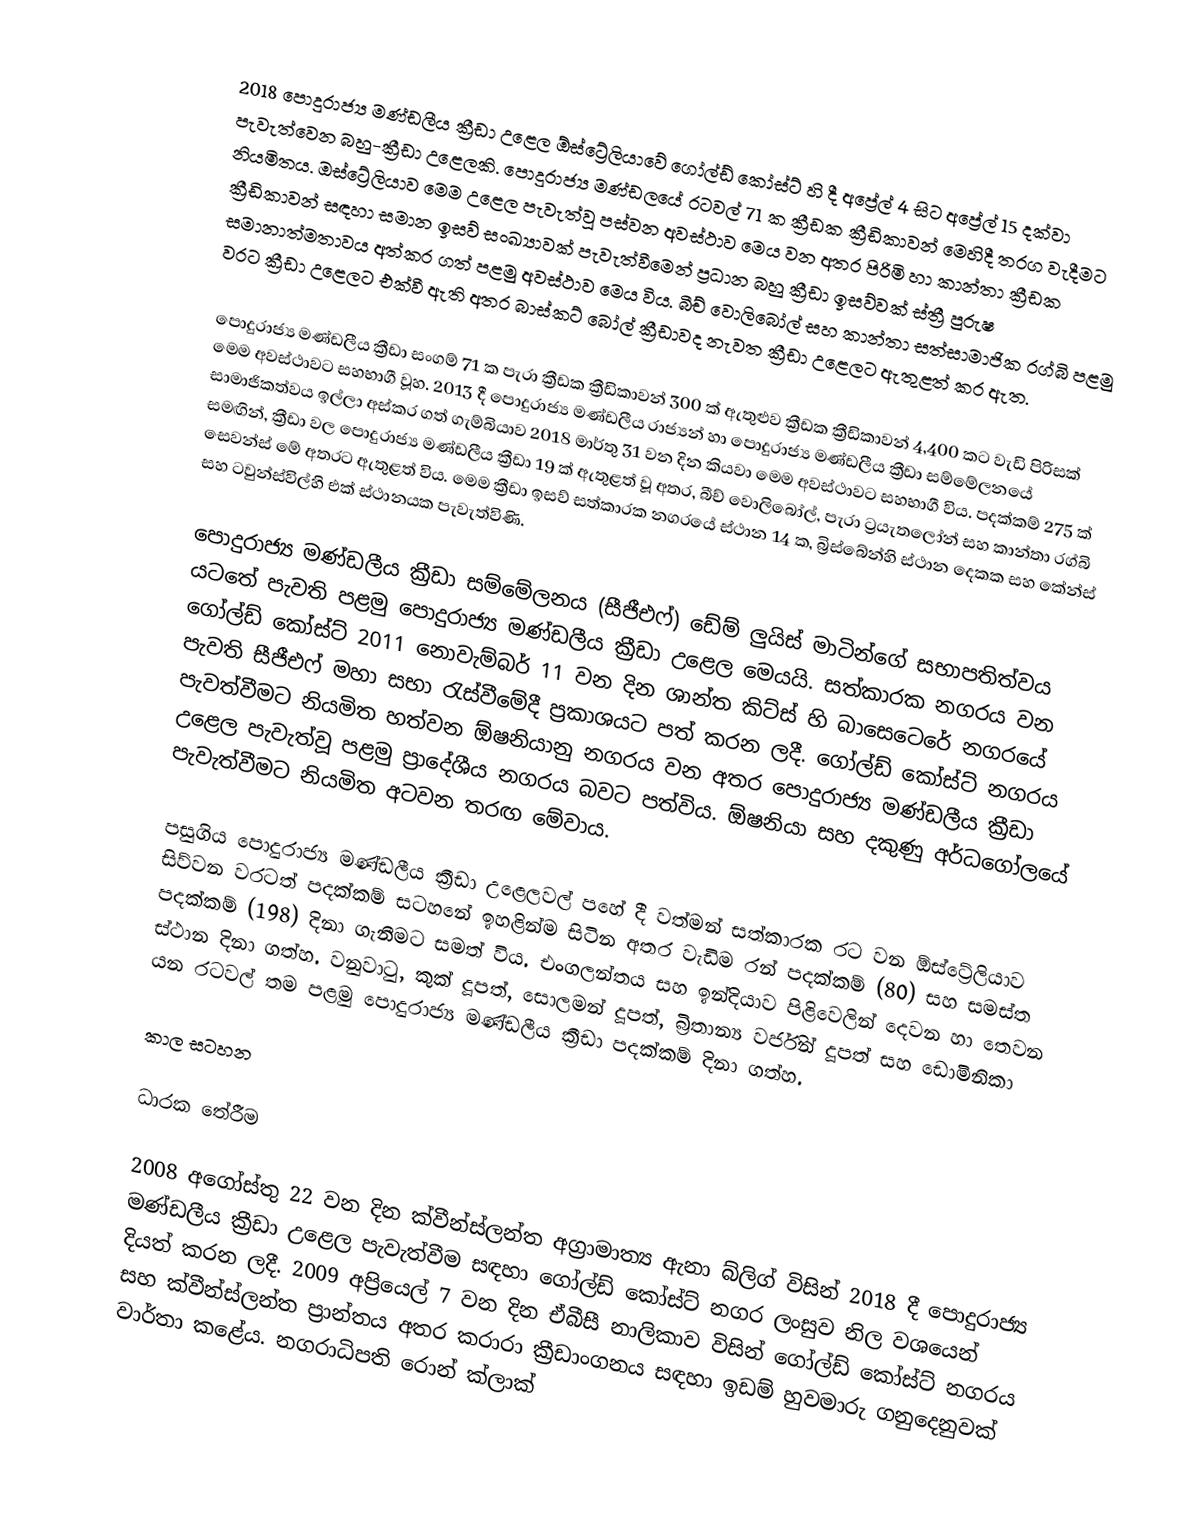
2018 පොදුරාජ්‍ය මණ්ඩලීය ක්‍රීඩා උළෙල ඕස්ට්‍රේලියාවේ ගෝල්ඩ් කෝස්ට් හි දී අප්‍රේල් 4 සිට අප්‍රේල් 15 දක්වා පැවැත්වෙන බහු-ක්‍රීඩා උළෙලකි. පොදුරාජ්‍ය මණ්ඩලයේ රටවල් 71 ක ක්‍රීඩක ක්‍රීඩිකාවන් මෙහිදී තරග වැදීමට නියමිතය. ඔස්ට්‍රේලියාව මෙම උළෙල පැවැත්වූ පස්වන අවස්ථාව මෙය වන අතර පිරිමි හා කාන්තා ක්‍රීඩක ක්‍රීඩිකාවන් සඳහා සමාන ඉසව් සංඛ්‍යාවක් පැවැත්වීමෙන් ප්‍රධාන බහු ක්‍රීඩා ඉසව්වක් ස්ත්‍රී පුරුෂ සමානාත්මතාවය අත්කර ගත් පළමු අවස්ථාව මෙය විය. බීච් වොලිබෝල් සහ කාන්තා සත්සාමාජික රග්බි පළමු වරට ක්‍රීඩා උළෙලට එක්වී ඇති අතර බාස්කට් බෝල් ක්‍රීඩාවද නැවත ක්‍රීඩා උළෙලට ඇතුළත් කර ඇත.

පොදුරාජ්‍ය මණ්ඩලීය ක්‍රීඩා සංගම් 71 ක පැරා ක්‍රීඩක ක්‍රීඩිකාවන් 300 ක් ඇතුළුව ක්‍රීඩක ක්‍රීඩිකාවන් 4,400 කට වැඩි පිරිසක් මෙම අවස්ථාවට සහභාගී වූහ. 2013 දී පොදුරාජ්‍ය මණ්ඩලීය රාජ්‍යන් හා පොදුරාජ්‍ය මණ්ඩලීය ක්‍රීඩා සම්මේලනයේ සාමාජිකත්වය ඉල්ලා අස්කර ගත් ගැම්බියාව 2018 මාර්තු 31 වන දින කියවා මෙම අවස්ථාවට සහභාගී විය. පදක්කම් 275 ක් සමඟින්, ක්‍රීඩා වල පොදුරාජ්‍ය මණ්ඩලීය ක්‍රීඩා 19 ක් ඇතුළත් වූ අතර, බීච් වොලිබෝල්, පැරා ට්‍රයැතලෝන් සහ කාන්තා රග්බි සෙවන්ස් මේ අතරට ඇතුළත් විය. මෙම ක්‍රීඩා ඉසව් සත්කාරක නගරයේ ස්ථාන 14 ක, බ්‍රිස්බේන්හි ස්ථාන දෙකක සහ කේන්ස් සහ ටවුන්ස්විල්හි එක් ස්ථානයක පැවැත්විණි.

පොදුරාජ්‍ය මණ්ඩලීය ක්‍රීඩා සම්මේලනය (සීජීඑෆ්) ඩේම් ලුයිස් මාටින්ගේ සභාපතිත්වය යටතේ පැවති පළමු පොදුරාජ්‍ය මණ්ඩලීය ක්‍රීඩා උළෙල මෙයයි. සත්කාරක නගරය වන ගෝල්ඩ් කෝස්ට් 2011 නොවැම්බර් 11 වන දින ශාන්ත කිට්ස් හි බාසෙටෙරේ නගරයේ පැවති සීජීඑෆ් මහා සභා රැස්වීමේදී ප්‍රකාශයට පත් කරන ලදී. ගෝල්ඩ් කෝස්ට් නගරය පැවත්වීමට නියමිත හත්වන ඕෂනියානු නගරය වන අතර පොදුරාජ්‍ය මණ්ඩලීය ක්‍රීඩා උළෙල පැවැත්වූ පළමු ප්‍රාදේශීය නගරය බවට පත්විය. ඕෂනියා සහ දකුණු අර්ධගෝලයේ පැවැත්වීමට නියමිත අටවන තරඟ මේවාය.

පසුගිය පොදුරාජ්‍ය මණ්ඩලීය ක්‍රීඩා උළෙලවල් පහේ දී වත්මන් සත්කාරක රට වන ඕස්ට්‍රේලියාව සිව්වන වරටත් පදක්කම් සටහනේ ඉහළින්ම සිටින අතර වැඩිම රන් පදක්කම් (80) සහ සමස්ත පදක්කම් (198) දිනා ගැනීමට සමත් විය. එංගලන්තය සහ ඉන්දියාව පිළිවෙලින් දෙවන හා තෙවන ස්ථාන දිනා ගත්හ. වනුවාටු, කුක් දූපත්, සොලමන් දූපත්, බ්‍රිතාන්‍ය වර්ජින් දූපත් සහ ඩොමිනිකා යන රටවල් තම පළමු පොදුරාජ්‍ය මණ්ඩලීය ක්‍රීඩා පදක්කම් දිනා ගත්හ.

කාල සටහන

ධාරක තේරීම

2008 අගෝස්තු 22 වන දින ක්වීන්ස්ලන්ත අග්‍රාමාත්‍ය ඇනා බ්ලිග් විසින් 2018 දී පොදුරාජ්‍ය මණ්ඩලීය ක්‍රීඩා උළෙල පැවැත්වීම සඳහා ගෝල්ඩ් කෝස්ට් නගර ලංසුව නිල වශයෙන් දියත් කරන ලදී. 2009 අප්‍රියෙල් 7 වන දින ඒබීසී නාලිකාව විසින් ගෝල්ඩ් කෝස්ට් නගරය සහ ක්වීන්ස්ලන්ත ප්‍රාන්තය අතර කරාරා ක්‍රීඩාංගනය සඳහා ඉඩම් හුවමාරු ගනුදෙනුවක් වාර්තා කළේය. නගරාධිපති රොන් ක්ලාක්